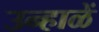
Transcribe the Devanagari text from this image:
उन्हाळें